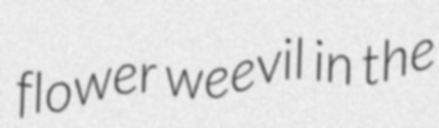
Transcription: flower weevil in the